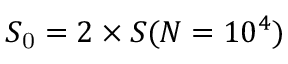
S _ { \mathrm { 0 } } = 2 \times S ( N = 1 0 ^ { 4 } )